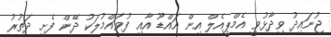
ޖުނައިދު ވިދާޅުވީ އެމްޕީއެލް އިން އައްޑޫ އާއި ފުވައްމުލަކު ދޭން ފެށި ދަތުރު